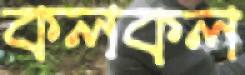
কলকল